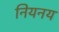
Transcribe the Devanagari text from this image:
नियनय